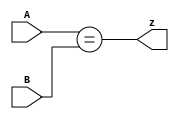
// This program was cloned from: https://github.com/milind7777/VerilogDocGen
// License: MIT License

module mt2015_eq2(
  input [1:0] A,
  input [1:0] B,
  output z
);

  assign z = A[1:0]==B[1:0];

endmodule